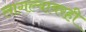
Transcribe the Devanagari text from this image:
लागल्यावरही